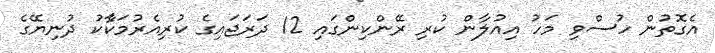
އެގޮތުން ހުސްވި މަހު އިއުލާން ކުރި ރޭންކިންގައި 12 ދަރަޖައިގެ ކުރިއެރުމަކާެެކު ދުނިޔޭގެ